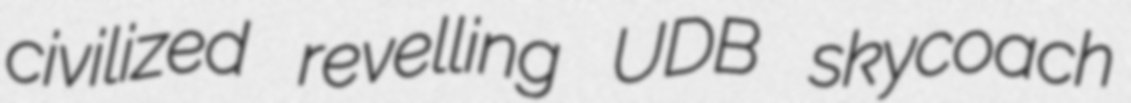
civilized revelling UDB skycoach